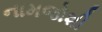
નામજોશી